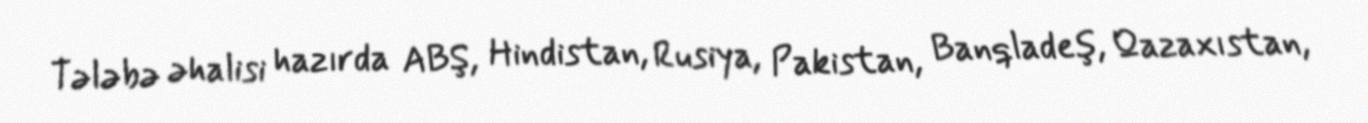
Tələbə əhalisi hazırda ABŞ, Hindistan, Rusiya, Pakistan, Banqladeş, Qazaxıstan,